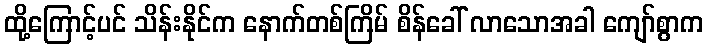
ထို့ကြောင့်ပင် သိန်းနိုင်က နောက်တစ်ကြိမ် စိန်ခေါ် လာသောအခါ ကျော်စွာက